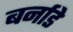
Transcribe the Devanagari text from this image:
बर्नाडे